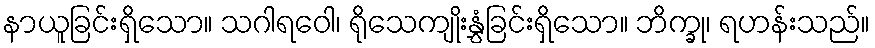
နာယူခြင်းရှိသော။ သဂါရဝေါ၊ ရိုသေကျိုးနွှံခြင်းရှိသော။ ဘိက္ခု၊ ရဟန်းသည်။